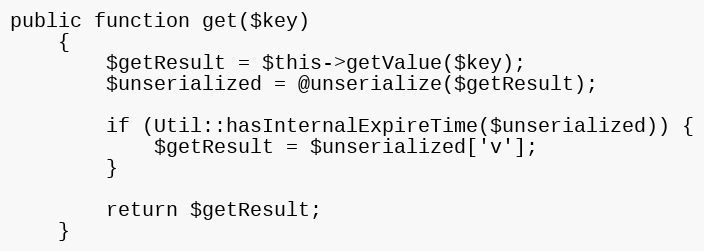
Language: PHP
public function get($key)
    {
        $getResult = $this->getValue($key);
        $unserialized = @unserialize($getResult);

        if (Util::hasInternalExpireTime($unserialized)) {
            $getResult = $unserialized['v'];
        }

        return $getResult;
    }